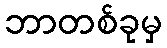
ဘာတစ်ခုမှ